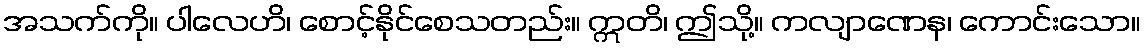
အသက်ကို။ ပါလေဟိ၊ စောင့်နိုင်စေသတည်း။ ဣတိ၊ ဤသို့။ ကလျာဏေန၊ ကောင်းသော။